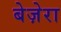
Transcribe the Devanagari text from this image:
बेज़ेरा